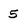
Character: 5